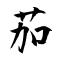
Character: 茄